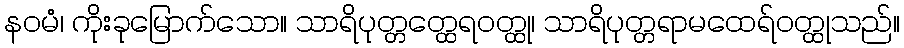
နဝမံ၊ ကိုးခုမြောက်သော။ သာရိပုတ္တတ္ထေရဝတ္ထု၊ သာရိပုတ္တရာမထေရ်ဝတ္ထုသည်။